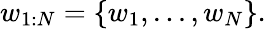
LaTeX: w_{1:N}=\left\{ w_{1},...,w_{N}\right\} .